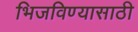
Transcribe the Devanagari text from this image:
भिजविण्यासाठी